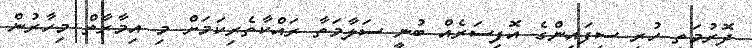
ދޮރުމަތީ ހުރި ސިފައިންގެ އޮފިސަރެއް ބުނީ ސަލާމަތާ ރައްކާތެރިކަމަށް މި އިމާރާތް މިހާރުން